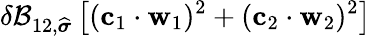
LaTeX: \delta\mathcal{B}_{12,\widehat{\boldsymbol{\sigma}}}\left[(\mathbf{c}_{1}\cdot\mathbf{w}_{1})^{2}+(\mathbf{c}_{2}\cdot\mathbf{w}_{2})^{2}\right]